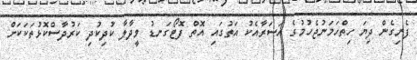
ފެނިގެން ދިޔަ ހިތްހަމަނުޖެހުމުގެ އަސަރާއެކު އަތުގައި އޮތް ފޮޓޯގަނޑު ވީދާލާ ކުދިކުދި ކަރުދާސްކޮޅުތަކަކަށް